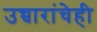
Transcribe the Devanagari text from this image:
उच्चारांचेही